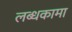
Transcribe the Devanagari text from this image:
लब्धकामा